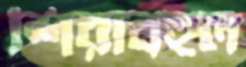
শিরাবহুল